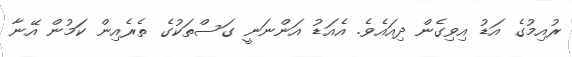
ރުއިމުގެ އަޑު އިވިގެން ދިއައެވެ. އެއަޑު އަންނަނީ ގަސްތަކުގެ ތެރެއިން ކަމުން އޭނާ